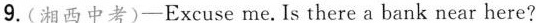
9.(湘西中考)-Excuse me.Is there a bank near here?